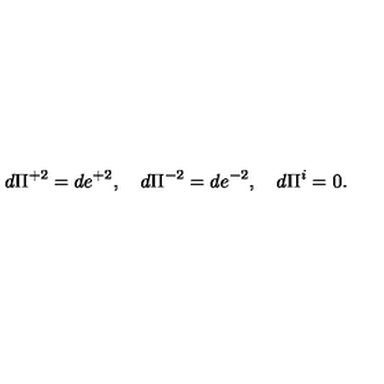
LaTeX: d \Pi ^ { + 2 } = d e ^ { + 2 } , \quad d \Pi ^ { - 2 } = d e ^ { - 2 } , \quad d \Pi ^ { i } = 0 .